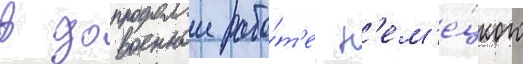
в довоеннои рабо́т'е н'ем'е́цкого